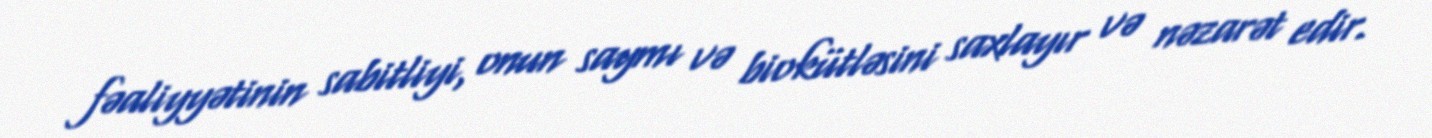
fəaliyyətinin sabitliyi, onun saymı və biokütləsini saxlayır və nəzarət edir.